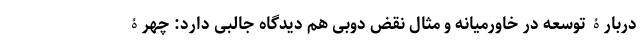
دربارۀ توسعه در خاورمیانه و مثال نقض دوبی هم دیدگاه جالبی دارد: چهرۀ